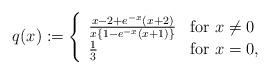
LaTeX: \begin{align*}q(x) := \left\{ \begin{array}{ll} \frac{x-2+e^{-x}(x+2)}{x\{1-e^{-x}(x+1)\}} & \mbox{for $x \neq 0$} \\ \frac{1}{3} & \mbox{for $x = 0$,} \end{array} \right.\end{align*}